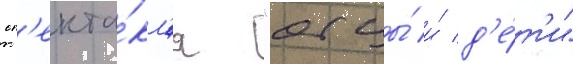
сп'екта́кл'я "отцы́ и́ д'е́т'и"